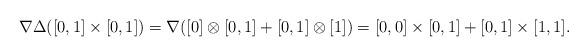
LaTeX: \begin{align*} \nabla\Delta([0,1]\times[0,1]) = \nabla([0]\otimes[0,1] + [0,1]\otimes[1]) = [0,0]\times[0,1] + [0,1]\times[1,1]. \end{align*}